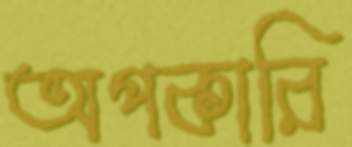
অপকারি